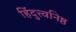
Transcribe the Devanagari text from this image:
हिंदुत्त्वनिष्ठ